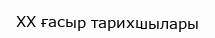
XX ғасыр тарихшылары